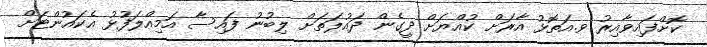
ކޮށްފައިވާއިރު ވ.އަތޮޅު އާރަށް ކުއްޔަށް ދީގެން ދައުލަތަށް ލިބުނު ފައިސާ އަމިއްލަފުޅު އެކައުންޓަށް